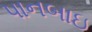
પાનબાઇ